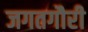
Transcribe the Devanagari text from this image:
जगतगौरी